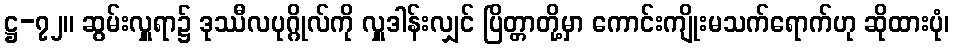
ဋ္ဌ-၇၂။ ဆွမ်းလှူရာ၌ ဒုဿီလပုဂ္ဂိုလ်ကို လှူဒါန်းလျှင် ပြိတ္တာတို့မှာ ကောင်းကျိုးမသက်ရောက်ဟု ဆိုထားပုံ၊